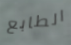
الطابع